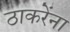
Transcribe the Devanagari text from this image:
ठाकरेंना